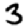
Digit: 3